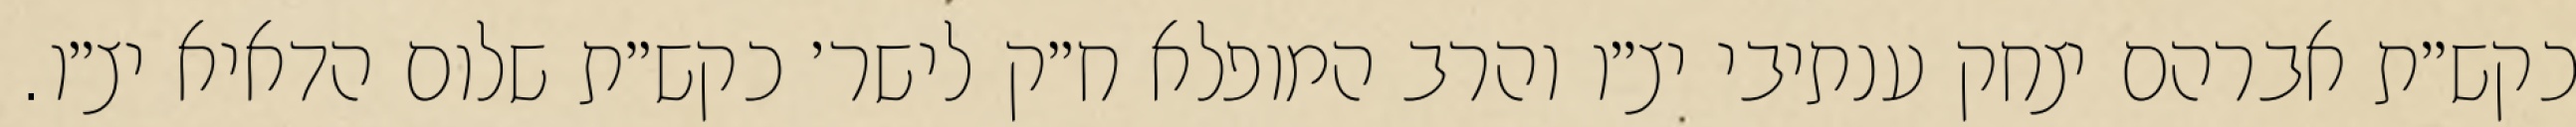
כקש״ת אברהם יצחק ענתיבי יצ״ו והרב המופלא ח״ק לישר׳ כקש״ת שלום הדאיא יצ״ו.